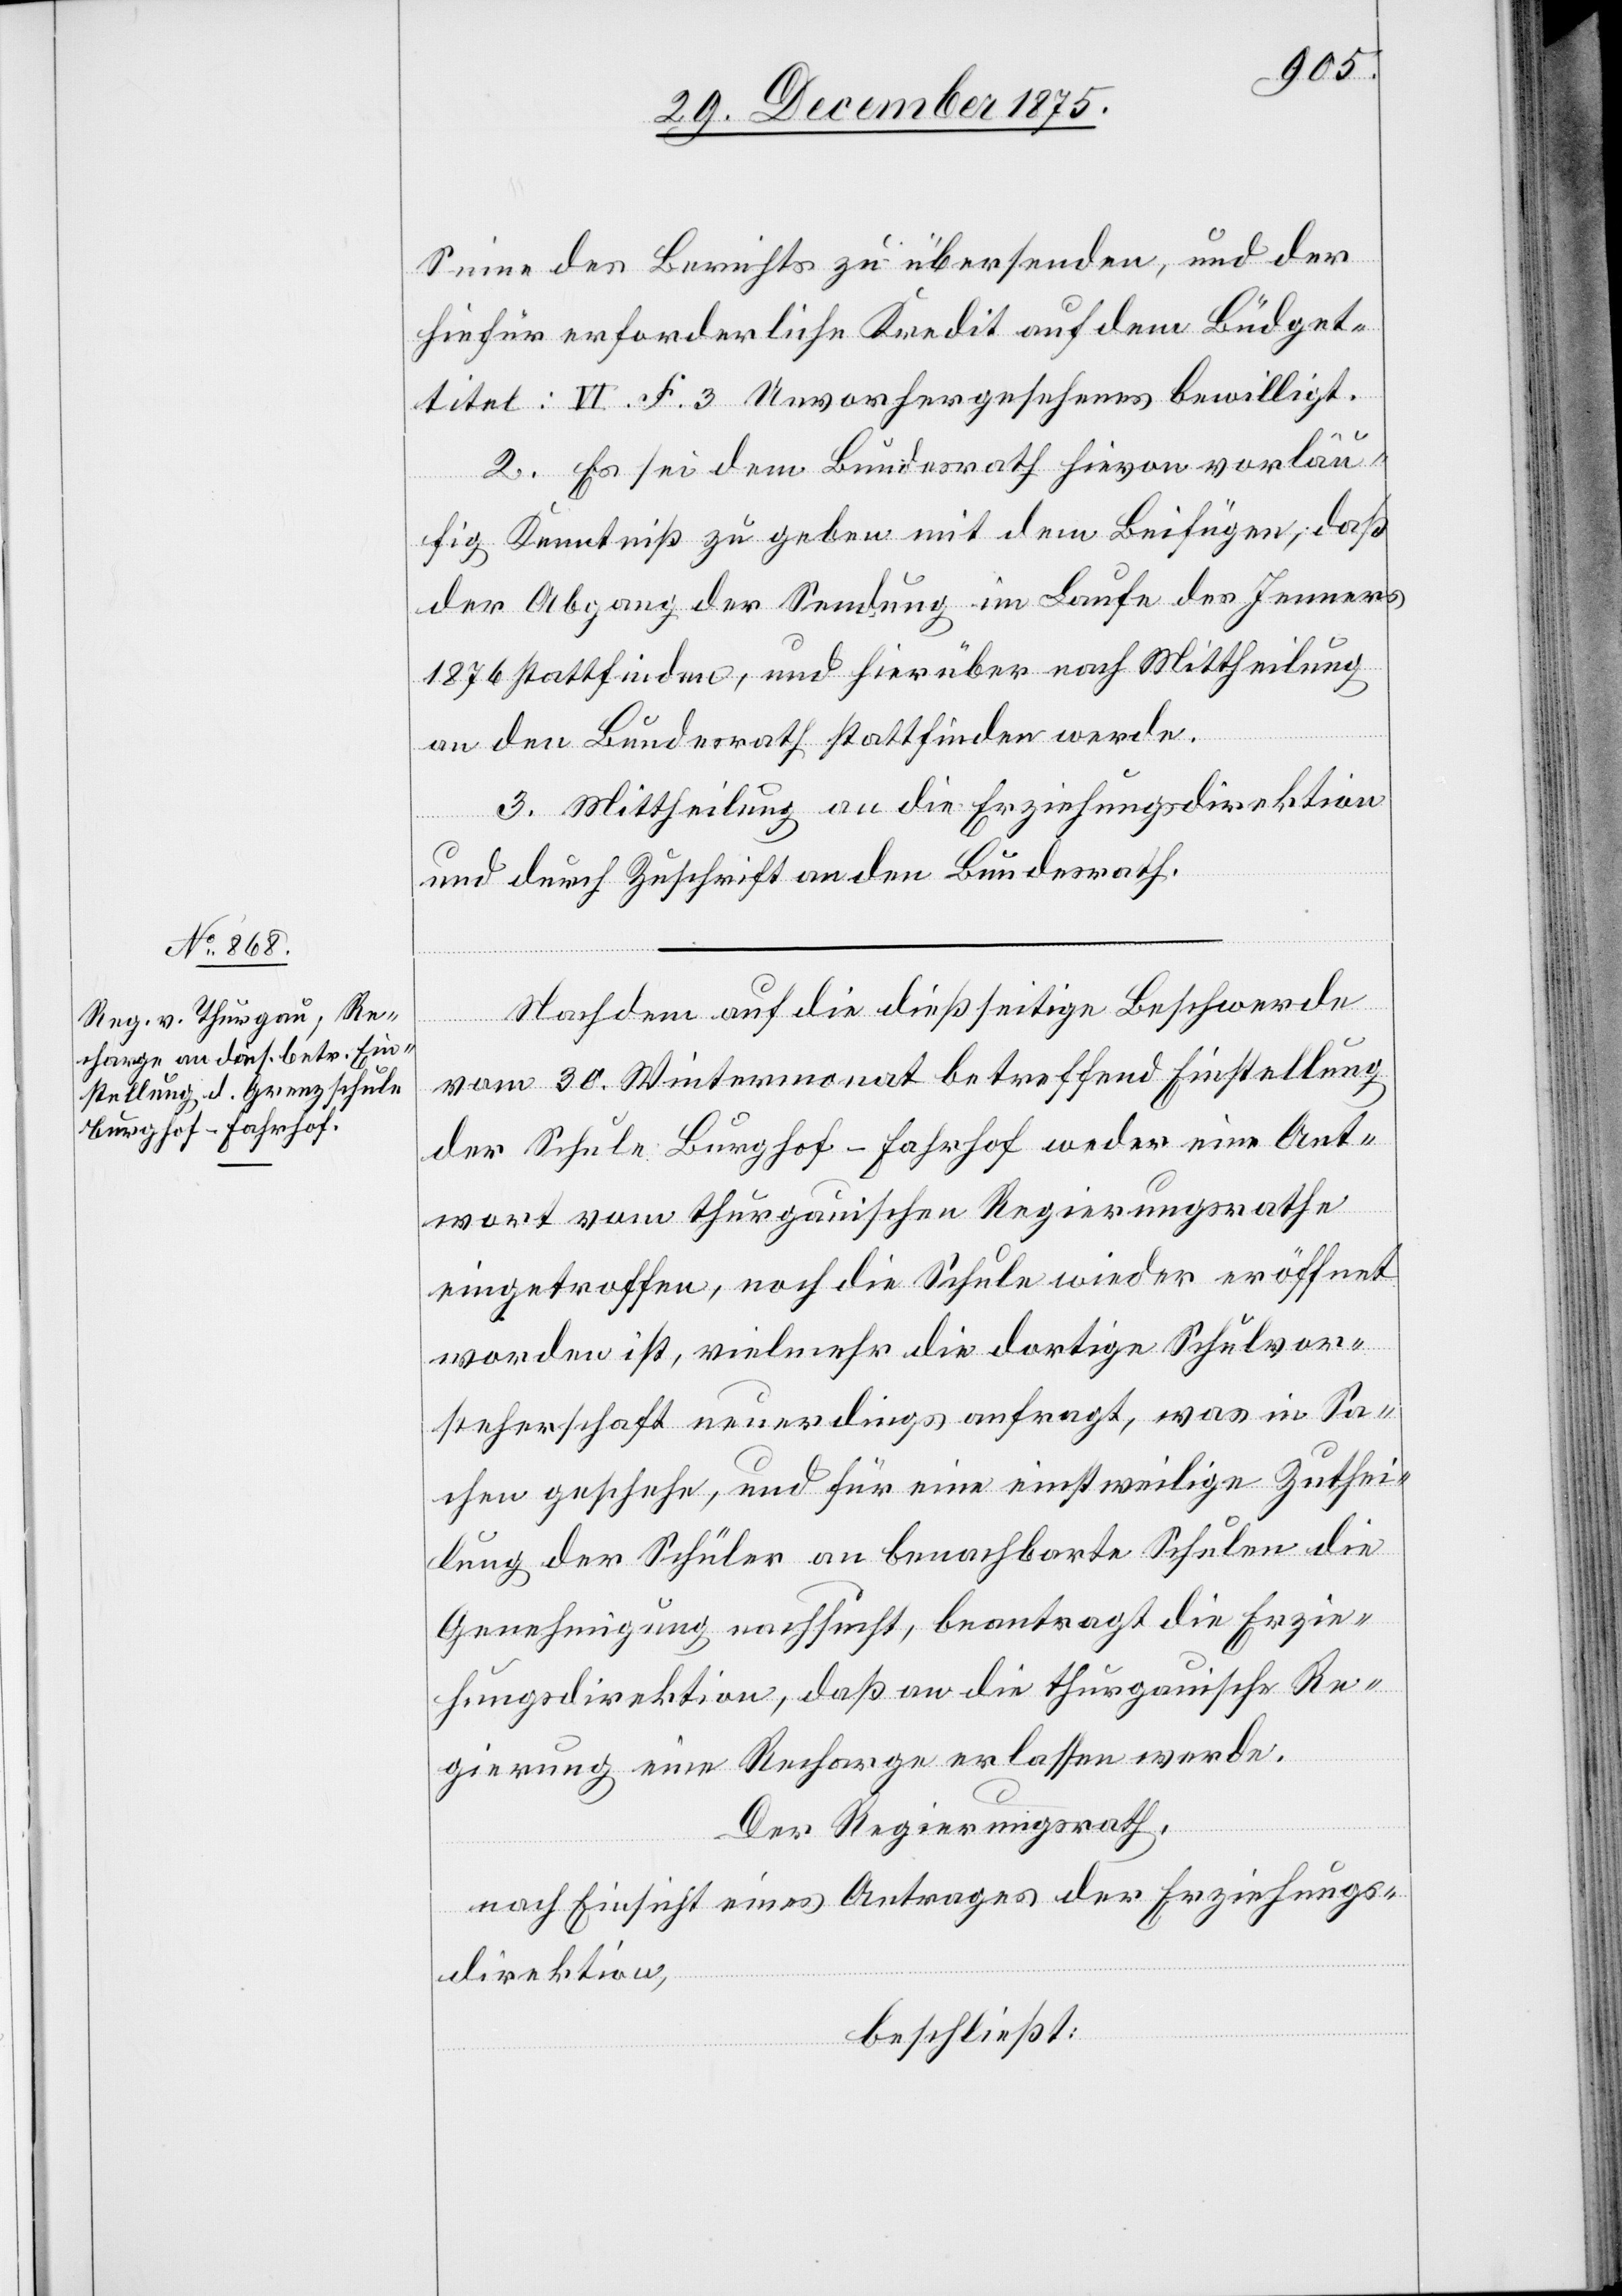
Sinne des Berichts zu übersenden, und der
hiefür erforderliche Kredit auf dem Büdget¬
titel: VI. F. 3 Unvorhergesehenes bewilligt.
2. Es sei dem Bundesrath hievon vorläu¬
fig Kenntniß zu geben mit dem Beifügen, daß
der Abgang der Sendung im Laufe des Jenners
1876 stattfinden, und hierüber noch Mittheilung
an den Bundesrath stattfinden werde.
3. Mittheilung an die Erziehungsdirektion
und durch Zuschrift an den Bundesrath.
Nachdem auf die dießseitige Beschwerde
vom 30. Wintermonat betreffend Einstellung
der Schule Burghof-Fahrhof weder eine Ant¬
wort vom thurgauischen Regierungsrathe
eingetroffen, noch die Schule wieder eröffnet
worden ist, vielmehr die dortige Schulvor¬
steherschaft neuerdings anfragt, was in Sa¬
chen geschehe, und für eine einstweilige Zuthei¬
lung der Schüler an benachbarte Schulen die
Genehmigung nachsucht, beantragt die Erzie¬
hungsdirektion, daß an die thurgauische Re¬
gierung eine Recharge erlassen werde.
Der Regierungsrath,
nach Einsicht eines Antrages der Erziehungs¬
direktion,
beschließt: